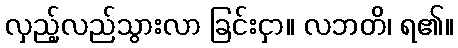
လှည့်လည်သွားလာ ခြင်းငှာ။ လဘတိ၊ ရ၏။